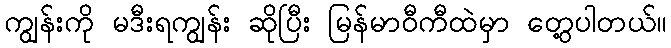
ကျွန်းကို မဒီးရကျွန်း ဆိုပြီး မြန်မာဝီကီထဲမှာ တွေ့ပါတယ်။